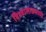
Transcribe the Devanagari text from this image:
विश्वासाप्रमाणे